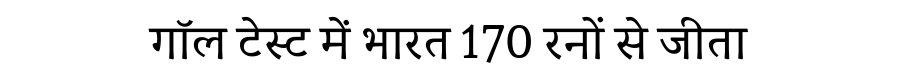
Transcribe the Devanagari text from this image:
गॉल टेस्ट में भारत 170 रनों से जीता